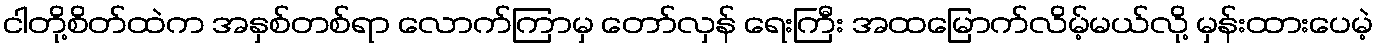
ငါတို့စိတ်ထဲက အနှစ်တစ်ရာ လောက်ကြာမှ တော်လှန် ရေးကြီး အထမြောက်လိမ့်မယ်လို့ မှန်းထားပေမဲ့